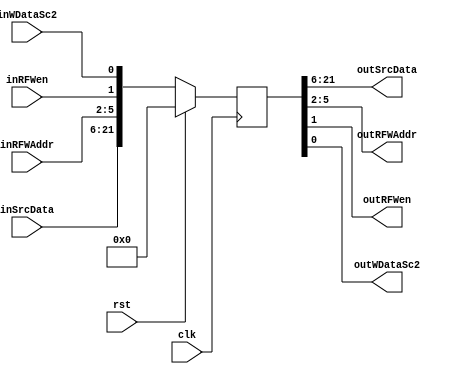
module MEMWBRegister(input clk,rst,
                     input [15:0]inSrcData,
                     input [3:0]inRFWAddr,
                     input inRFWen, inWDataSc2,
                     output [15:0]outSrcData,
                     output [3:0]outRFWAddr,
                     output outRFWen, outWDataSc2);

reg [21:0]RegData;

always @(posedge clk)
begin
  if(rst)
    RegData <= 0;
  else
    RegData <= {inSrcData, inRFWAddr, inRFWen, inWDataSc2}; 
end

assign outSrcData = RegData[21:6];
assign outRFWAddr = RegData[5:2];
assign outRFWen = RegData[1];
assign outWDataSc2 = RegData[0];

endmodule